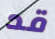
قد